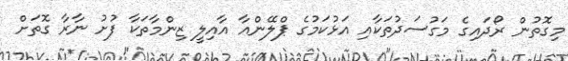
މިގޮތުން ރޯދައިގެ މަގުސަދުތަކާއި އަޅުކަމުގެ ޕްލޭންއާ އާއިލީ ޒިންމާތަކާ ފުށު ނާރާ ގޮތަށް